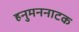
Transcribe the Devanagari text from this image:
हनुमननाटक